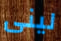
لينى